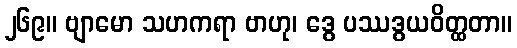
၂၆၉။ ဗျာမော သဟကရာ ဗာဟု၊ ဒွေ ပဿဒွယဝိတ္ထတာ။